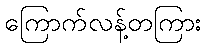
ကြောက်လန့်တကြား